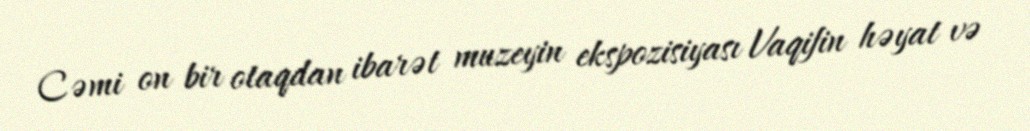
Cəmi on bir otaqdan ibarət muzeyin ekspozisiyası Vaqifin həyat və